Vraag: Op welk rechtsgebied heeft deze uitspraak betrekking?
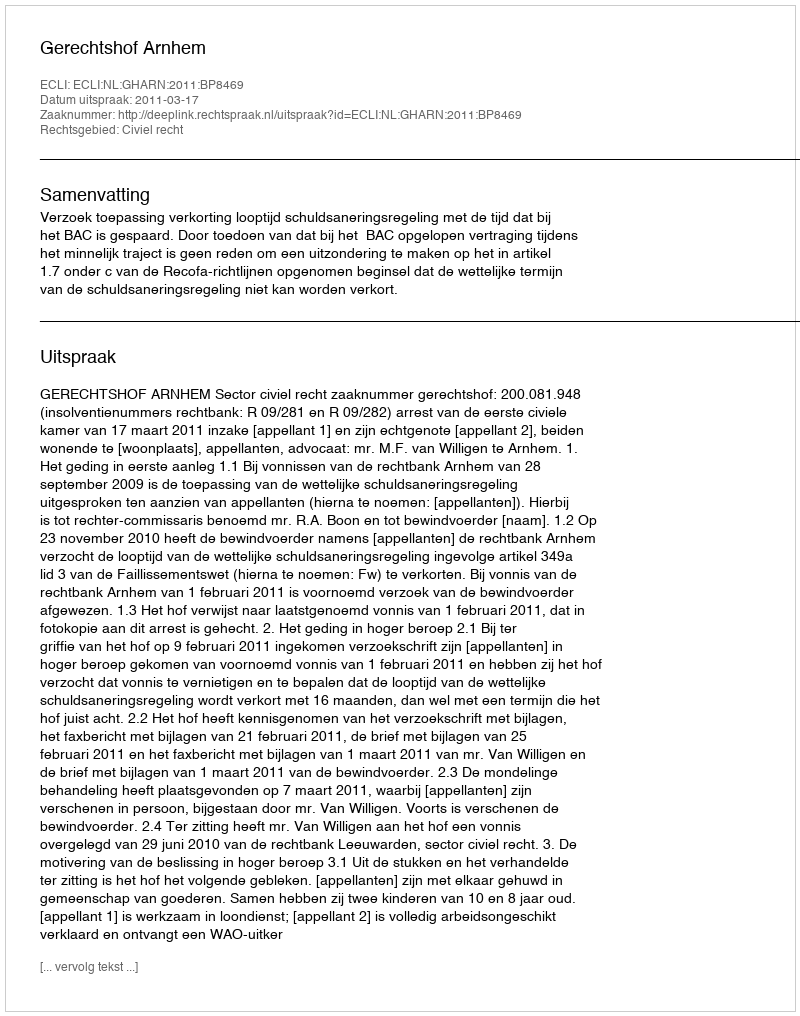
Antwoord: Civiel recht